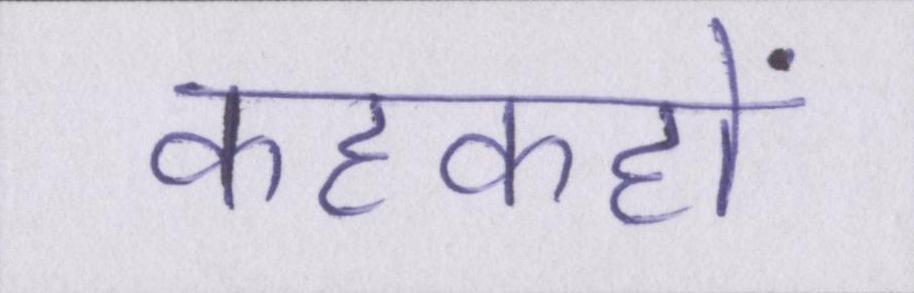
कहकहों